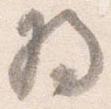
将